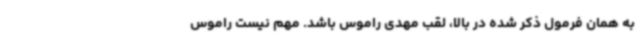
به همان فرمول ذکر شده در بالا، لقب مهدی راموس باشد. مهم نیست راموس